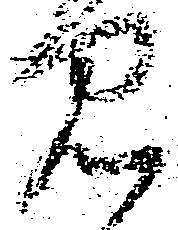
見